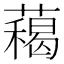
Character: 藒